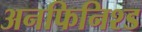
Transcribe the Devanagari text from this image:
अनफिनिश्ड